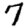
Digit: 7